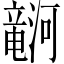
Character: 𪷹